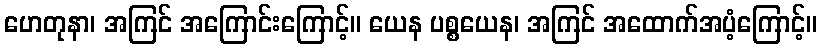
ဟေတုနာ၊ အကြင် အကြောင်းကြောင့်။ ယေန ပစ္စယေန၊ အကြင် အထောက်အပံ့ကြောင့်။